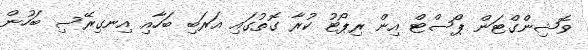
ވޮޝިންގްޓަން ޕޯސްޓް އިން ރިޕޯޓު ކުރާ ގޮތުގައި އަރަބި ބަހާއި އިނގިރޭސި ބަހުން